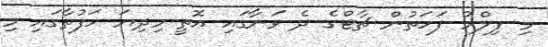
މި ފިލްމު ފަހަތުން ޗާޓްގެ ދެ ވަނާގައި އޮތީ މިދިޔަ ހަފުތާގައި މި